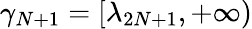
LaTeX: \gamma_{N+1}=[\lambda_{2N+1},+\infty)